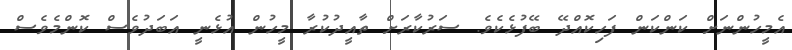
އެމީހުންނަށް ކަންކަން ފަހިކޮއްދޭ ބޭފުޅެކެވެ. ސަރުކާރަށް ތާއީދުކުރާ މީހުން އުޅެނީ އަބަދުވެސް ކޮންމެވެސް